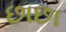
છાછા